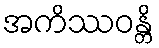
အကိဿဝန္တိ